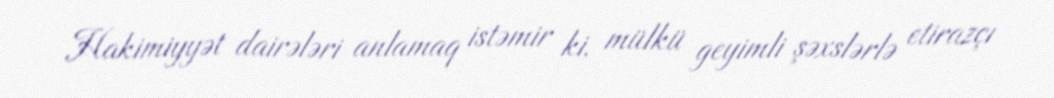
Hakimiyyət dairələri anlamaq istəmir ki, mülkü geyimli şəxslərlə etirazçı